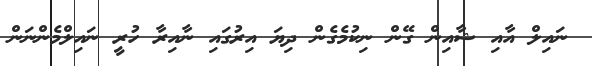
ނައިލް އާއި ޝާއިން ގޭން ނިކުމެގެން ދިޔަ އިރުގައި ނާއިރާ ހުރީ ނައިލްމެންނަން